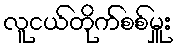
လူငယ်တိုက်စစ်မှူး